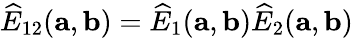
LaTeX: \widehat{E}_{12}({\mathbf a},{\mathbf b})=\widehat{E}_{1}({\mathbf a},{\mathbf b})\widehat{E}_{2}({\mathbf a},{\mathbf b})